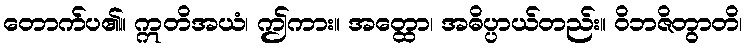
တောက်ပ၏။ ဣတိအယံ၊ ဤကား။ အတ္ထော၊ အဓိပ္ပာယ်တည်း။ ဝိဘဇိတွာတိ၊